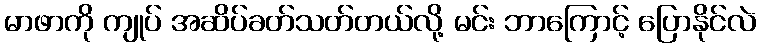
မာဖာကို ကျုပ် အဆိပ်ခတ်သတ်တယ်လို့ မင်း ဘာကြောင့် ပြောနိုင်လဲ